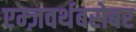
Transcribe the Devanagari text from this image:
एम्ज़वर्थबरोबर